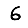
Digit: 6